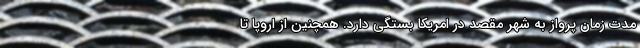
مدت زمان پرواز به شهر مقصد در امریکا بستگی دارد. همچنین از اروپا تا